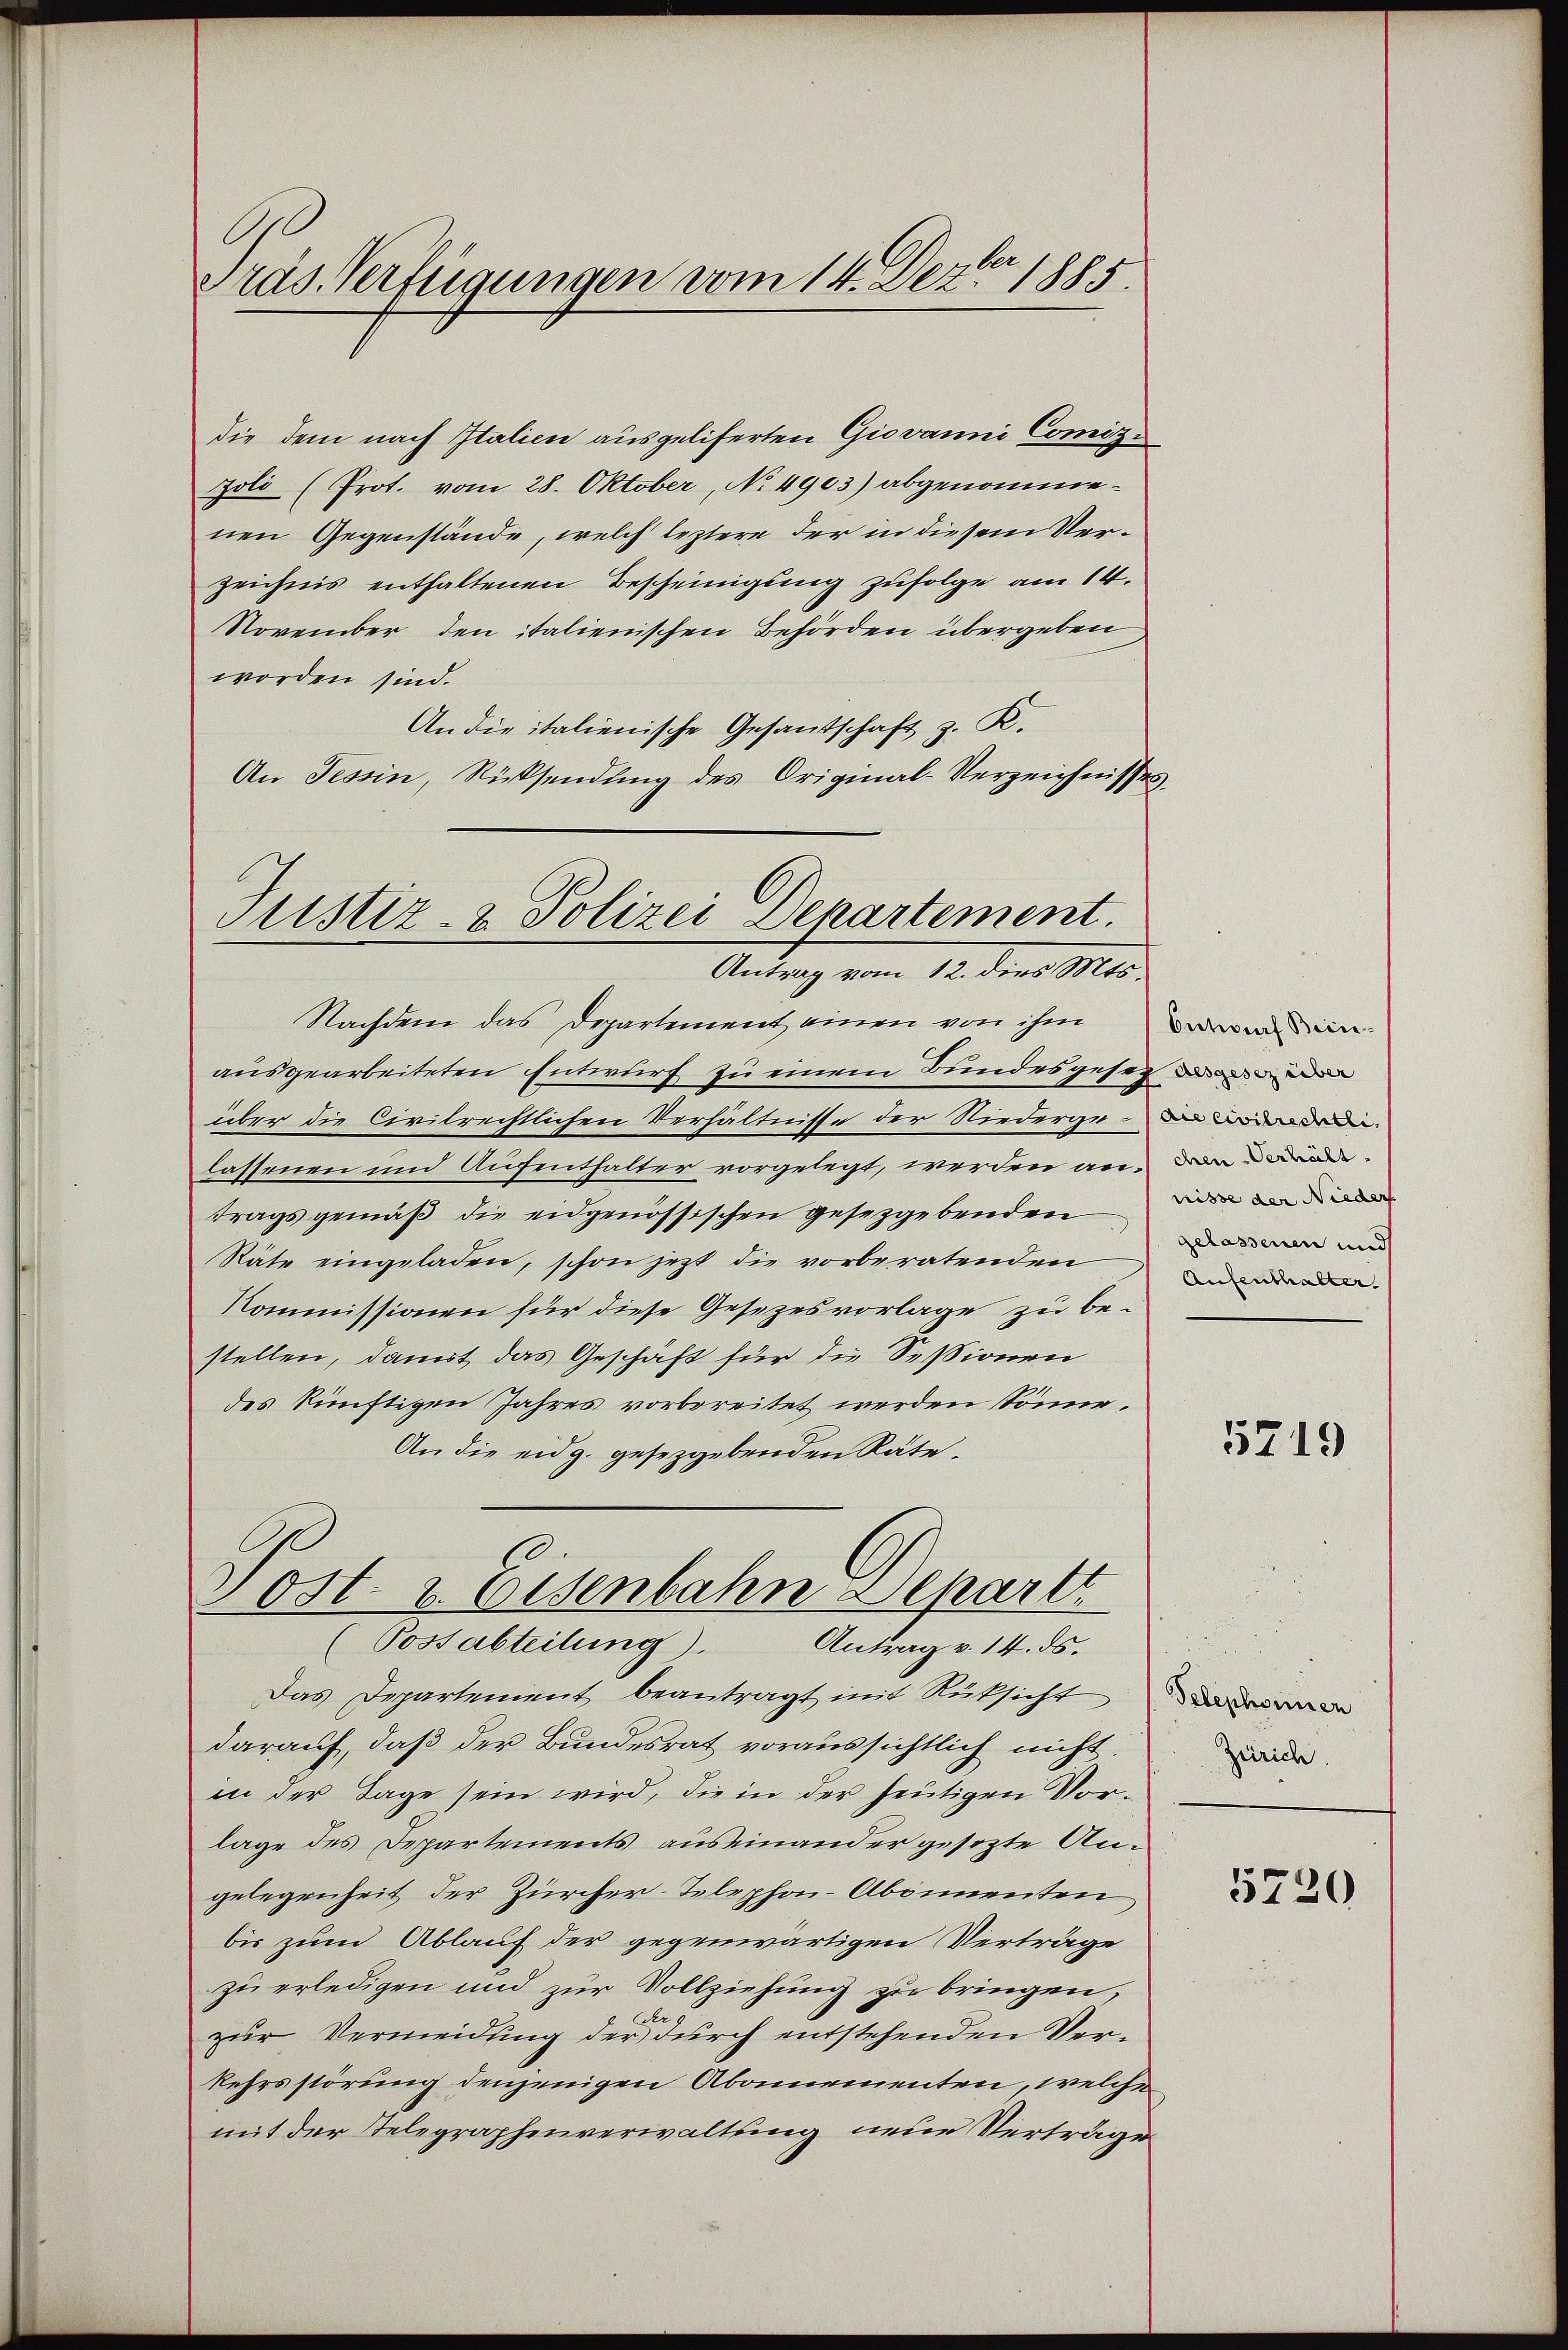
Präs. Verfügungen vom 14. Dezbr 1885.

die dem nach Italien ausgeliferten Giovanni Comisi
Joli (Prot. vom 28. Oktober, No 4903) abgenommenen Gegenstände, welch leztere der in diesem Verzeichnis enthaltenen Bescheinigung zufolge am 14.
November den italienischen Behörden übergeben
worden sind.
An die italienische Gesandtschaft z. R.
An Tessin, Rücksendung des Original-Verzeichnisses.

Sistiz- & Polizei Departement.
Antrag vom 12. dies Mts.

Nachdem das Departement einen von ihm
ausgearbeiteten Entwurf zu einem Bundesgesez der
über die Civilrechtlichen Verhältnisse der Niedergelassenen und Aufenthalter vorgelegt, werden antrags gemäß die eidgenössischen gesetzgebenden
Stäte eingeladen, schon jetzt die vorberatenden
Kommissionen für diese Gesezesvorlage zu be-
stellen, damit das Geschäft für die Sessionen
des künftigen Jahres vorbereitet werden Sönne.
An die eidg. gesetzgebenden Räte.
Das Departement beantragt mit Rücksicht
darauf, daß der Bundesrat voraussichtlich nicht.
in der Tage sein wird, die in der heutigen Vorlage des Departements auseinander gesetzte Angelegenheit der Zürcher-Telephon-Abonnenten
bis zum Ablauf der gegenwärtigen Verträge
zu erledigen und zur Vollziehung zu bringen,
zur Vermeidung der durch entstehenden Verkehrsstörung denjenigen Abonnementen, welche
mit der Telegraphenverwaltung neue Verträge

Post- u. Eisenbahne Depart
(Postabteilung). Antrag v. 14. ds.

Entwurf Brindie Civilrechtli
chen Verhält.
nisse der Nieder
gelassenen und
Aufenthalter.

5719

Telephonnen
Zürich.

5720